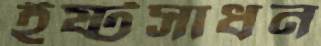
ইষ্টসাধন